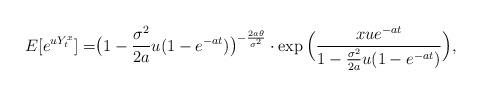
LaTeX: \begin{align*}E[e^{uY^x_t}]=& \big(1-\frac{\sigma^2}{2a}u(1-e^{-at})\big)^{-\frac{2a\theta}{\sigma^2}} \cdot \exp \Big(\frac{xue^{-at}}{1-\frac{\sigma^2}{2a}u(1-e^{-at})} \Big),\end{align*}